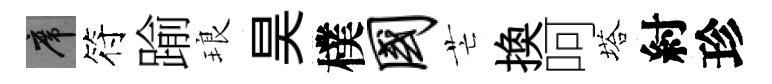
席符踰琅昊樸国芒换呵塔紂珍